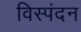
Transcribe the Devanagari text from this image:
विस्पंदन